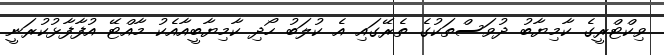
ވިކްޓްރީގެ ކާމިޔާބު ދުވަސްތަކުގެ ތެރޭގައި އެ ކުލަބު ހޯދި ކާމިޔާބީއާއެކު މާއްޓޭ އުފާފާޅުކުރަނީ